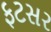
ફટસર